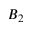
B _ { 2 }